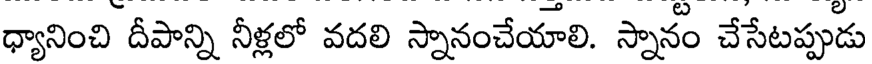
ధ్యానించి దీపాన్ని నీళ్లలో వదలి స్నానంచేయాలి. స్నానం చేసేటప్పుడు